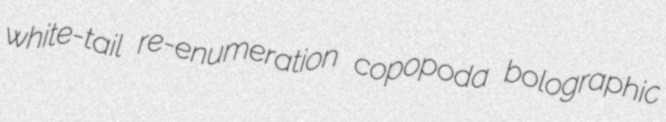
white-tail re-enumeration copopoda bolographic